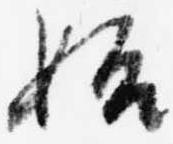
始